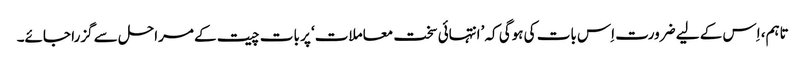
تاہم، اِس کے لیے ضرورت اِس بات کی ہوگی کہ ’انتہائی سخت معاملات‘ پر بات چیت کے مراحل سے گزرا جائے۔